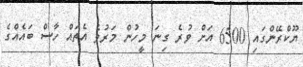
ޔޫކްރޭންގައި 6500 އަށް ވުރެ ގިނަ މީހުން މަރުވެ އެތައް ހާސް ބައެއްގެ